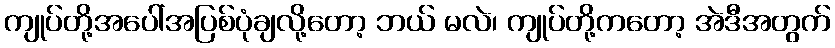
ကျုပ်တို့အပေါ်အပြစ်ပုံချလို့တော့ ဘယ် မလဲ၊ ကျုပ်တို့ကတော့ အဲဒီအတွက်